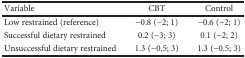
<table><thead><tr><td><b>Variable</b></td><td><b>CBT</b></td><td><b>Control</b></td></tr></thead><tbody><tr><td>Low restrained (reference)</td><td>−0.8 (−2; 1)</td><td>−0.6 (−2; 1)</td></tr><tr><td>Successful dietary restrained</td><td>0.2 (−3; 3)</td><td>0.1 (−2; 2)</td></tr><tr><td>Unsuccessful dietary restrained</td><td>1.3 (−0.5; 3)</td><td>1.3 (−0.5; 3)</td></tr></tbody></table>